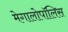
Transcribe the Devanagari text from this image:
मेगालोपॉलिस